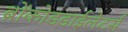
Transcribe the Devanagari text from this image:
ब्रोंकोडडाईलेटर्स